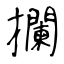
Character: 攔